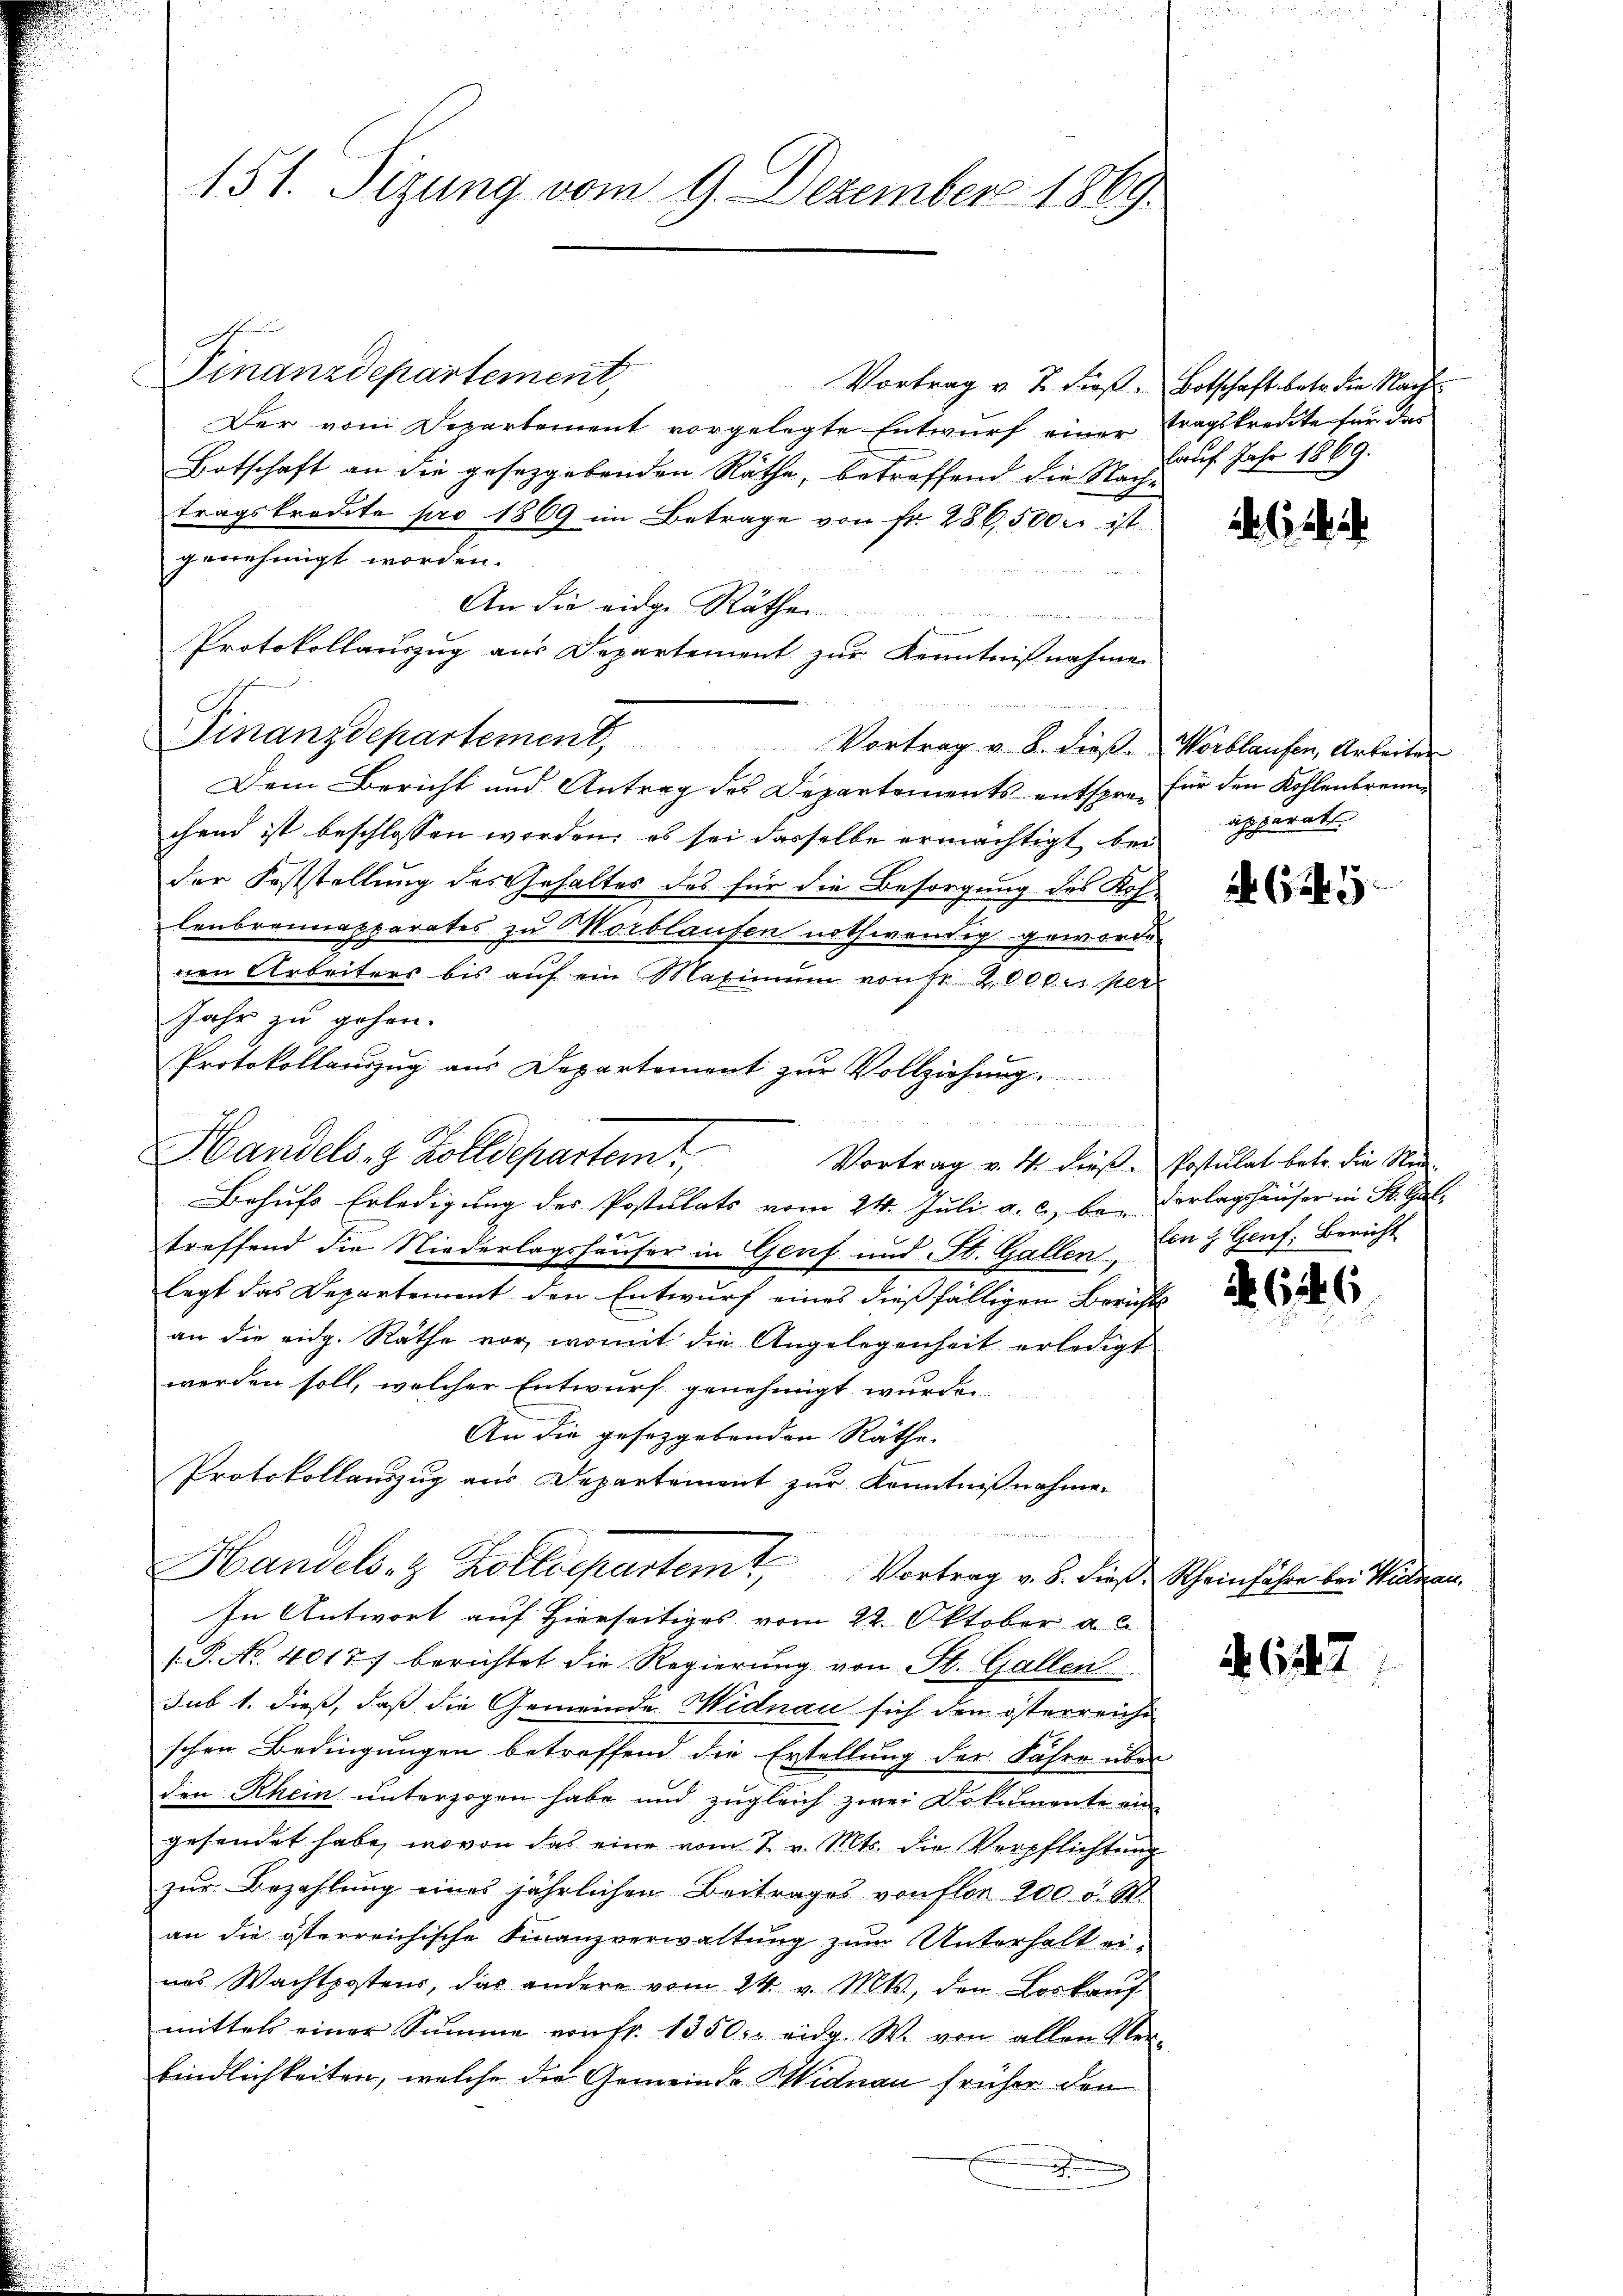
151. Sizung vom 9. Dezember 1869.

Finanzdepartement,
Vortrag v. J. dieß¬
Der vom Departement vorgelegte Entwurf einer
Botschaft an die gesetzgebenden Räthe, betreffend die Nachtragskredite pro 1869 im Betrage von fr. 286,500 es ist
genehmigt worden.
An die eider Räthen
Protokollauszug aus Departement zur Kenntnißnahmen
"
Dem Bericht und Antrag des Departements entsprechend ist beschlossen worden, es sei dasselbe ermächtigt bei
der Feststellung des Gehaltes des für die Besorgung des Kos
lenbrennapparates zu Morblaufen nothwendig geword
nen Arbeiters bis auf ein Maximum von fr 2000 per
Jahr zu gehen.
Protokollauszug aus Departement zur Vollziehung.

Handels- & Zolldepartemt,
Vortrag v. 4. dieß¬
Behufs Erledigung des Postulats vom 24. Juli a. c., be-
treffend die Niederlagshäuser in Genf und St. Gallen,
legt das Departement den Entwurf eines dießfälligen Zürichan die eidg. Räthe vor, womit die Angelegenheit erledigt
werden soll, welcher Entwurf genehmigt wurde.
An die gesetzgebenden Räthe.
Protokollauszug aus Departement zur Kenntnißnahme.
Handels- & Kolldepartem Vortrag v. 5. dieß
In Antwort auf Hierseitiges vom 22. Oktober a. c.
/.P. No. 40177 berichtet die Regierung von St. Gallen
sub 1. dieß, daß die Gemeinde Widnau sich den österreiche
schen Bedingungen betreffend die Erstellung der Jahre über
den Rhein unterzogen habe und zugleich zwei Dokumente ein
gesendet habe, wovon das eine vom 7. v. Mts. die Verpflichtung
zŭr Bezahlŭng eines jährlichen Beitrages von flor 200 u. St.
an die österreichische Finanzverwaltung zum Unterhalt einas Wachtpostens, das andere vom 24. v. Mts., den Loskauf
mittels einer Summe von Fr. 1350. eidg. W. von allen Ur-
bindlichkeiten, welche die Gemeinde Widnau früher den

Finanzdepartement, Vortrag v. 8. dieβ.

Botschaft betr. die Nachtragskredite für das
lauf Jahr 1869.

Worblaufen, Arbeiter
für den Kohlenbrennapparat

629.

Postulat betr. die Nid-
derlagshäuser in St. Gallen & Genf. Bericht

6

Rheinfahre bei Widman.

. 647